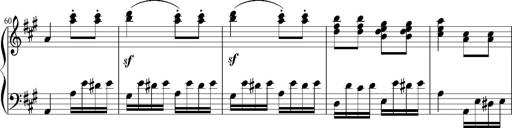
Title: 12 Sonatinas for Piano
Composer: Johann Baptist Vanhal